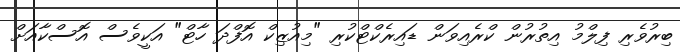
ބިރުވެރި ފިލްމު އިތުރުން ކްރެއިވަން ޑައިރެކްޓްކުރި "މިއުޒިކް އޮފްދަ ހާޓް" އަކީވެސް އޮސްކާއަށް